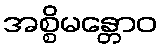
အစ္စိမန္တောဝ